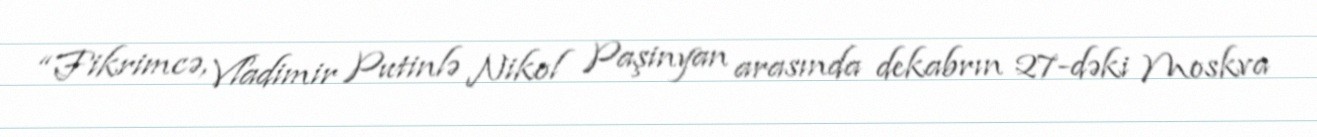
“Fikrimcə, Vladimir Putinlə Nikol Paşinyan arasında dekabrın 27-dəki Moskva